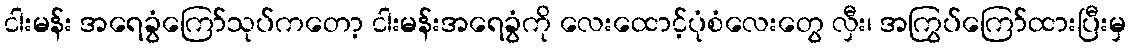
ငါးမန်း အရေခွံကြော်သုပ်ကတော့ ငါးမန်းအရေခွံကို လေးထောင့်ပုံစံလေးတွေ လှီး၊ အကြွပ်ကြော်ထားပြီးမှ